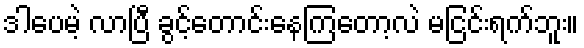
ဒါပေမဲ့ လာပြီ ခွင့်တောင်းနေကြတော့လဲ မငြင်းရက်ဘူး။